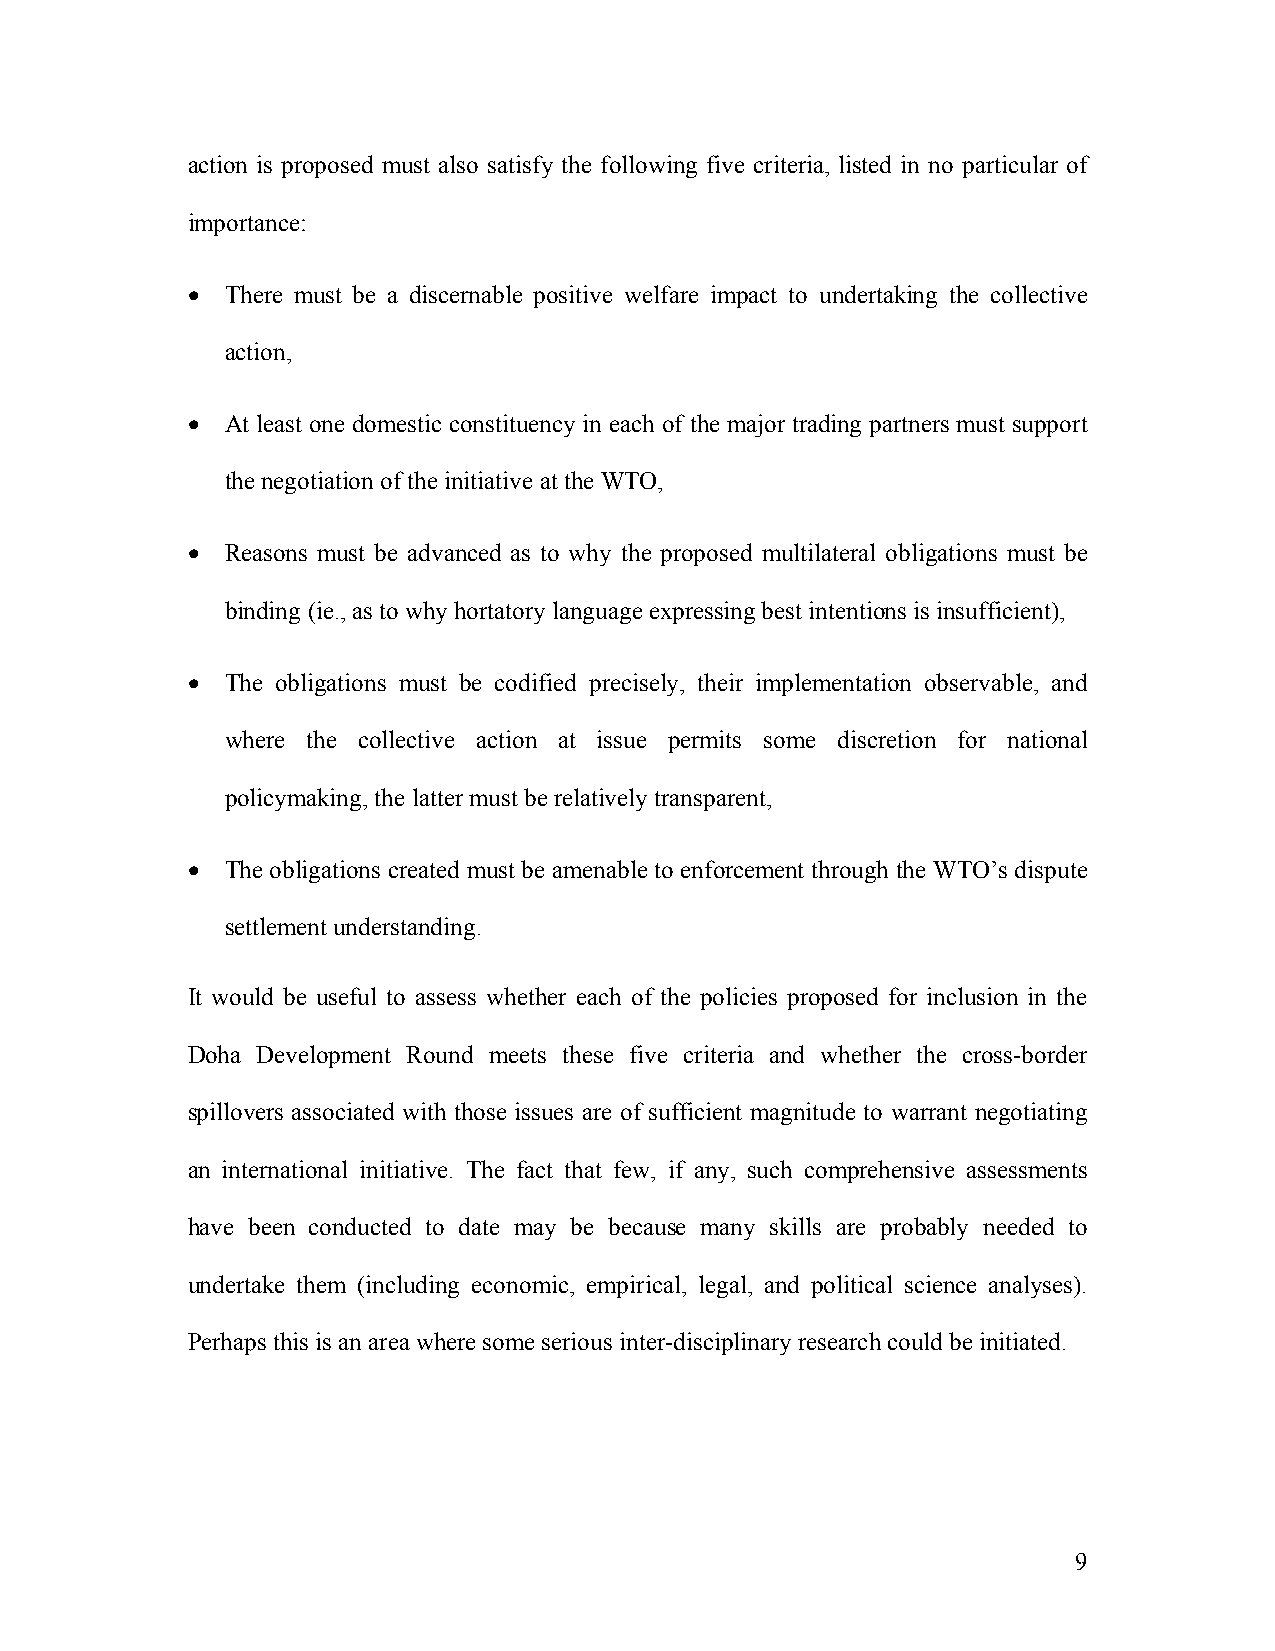
action is proposed must also satisfy the following five criteria, listed in no particular of
 importance:
 •  There must be a discernable positive welfare impact to undertaking the collective
 action,
 •  At least one domestic constituency in each of the major trading partners must support
 the negotiation of the initiative at the WTO,
 •  Reasons must be advanced as to why the proposed multilateral obligations must be
 binding (ie., as to why hortatory language expressing best intentions is insufficient),
 •  The obligations must be codified precisely, their implementation observable, and
 where the collective action at issue permits some discretion for national
 policymaking, the latter must be relatively transparent,
 •  The obligations created must be amenable to enforcement through the WTO’s dispute
 settlement understanding.
 It would be useful to assess whether each of the policies proposed for inclusion in the
 Doha Development Round meets these five criteria and whether the cross-border
 spillovers associated with those issues are of sufficient magnitude to warrant negotiating
 an international initiative. The fact that few, if any, such comprehensive assessments
 have been conducted to date may be because many skills are probably needed to
 undertake them (including economic, empirical, legal, and political science analyses).
 Perhaps this is an area where some serious inter-disciplinary research could be initiated.
 9